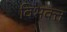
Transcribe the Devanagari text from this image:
विभक्त